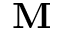
\mathbf { M }